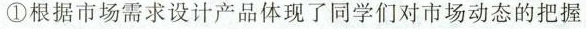
①根据市场需求设计产品体现了同学们对市场动态的把握